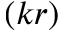
( k r )